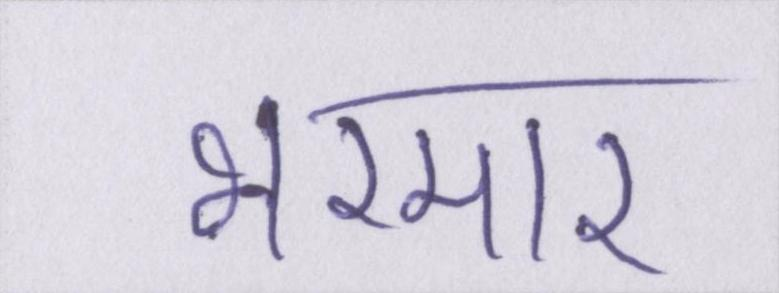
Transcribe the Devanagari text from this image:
भरमार